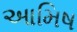
આમિષ